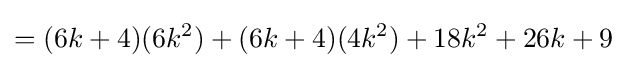
=(6k+4)(6k^{2})+(6k+4)(4k^{2})+18k^{2}+26k+9